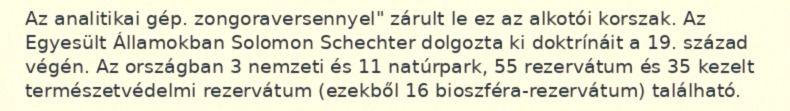
Az analitikai gép. zongoraversennyel" zárult le ez az alkotói korszak. Az Egyesült Államokban Solomon Schechter dolgozta ki doktrínáit a 19. század végén. Az országban 3 nemzeti és 11 natúrpark, 55 rezervátum és 35 kezelt természetvédelmi rezervátum (ezekből 16 bioszféra-rezervátum) található.